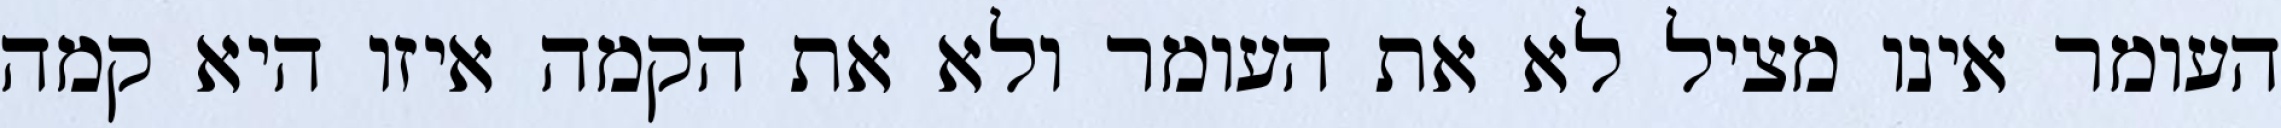
העומר אינו מציל לא את העומר ולא את הקמה איזו היא קמה